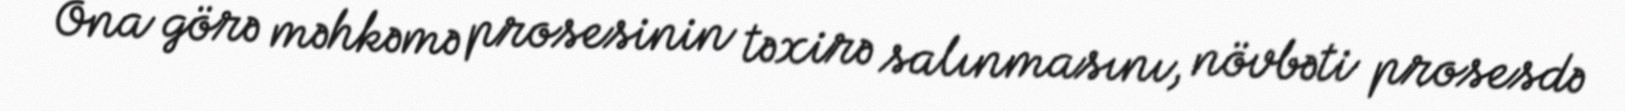
Ona görə məhkəmə prosesinin təxirə salınmasını, növbəti prosesdə